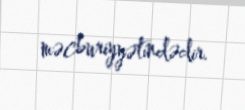
məcburiyyətindədir.